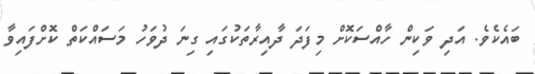
ބައެކެވެ. އަދި ވަކިން ހާއްސަކޮށް މިފަދަ ދާއިރާތަކުގައި ގިނަ ދުވަހު މަސައްކަތް ކޮށްފައިވާ